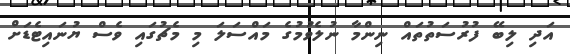
އަދި ލިބޭ ފުރުސަތުތައް ނިންމާ ނުލެވުމުގެ މައްސަލަ މި މެޗުގައި ވެސް ޔުނައިޓެޑަށް